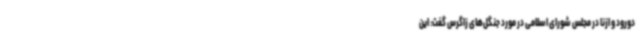
دورود و ازنا در مجلس شورای اسلامی در مورد جنگل‌های زاگرس گفت: این